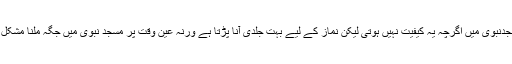
جب کہ مسجدنبوی میں اگرچہ یہ کیفیت نہیں ہوتی لیکن نماز کے لیے بہت جلدی آنا پڑتا ہے ورنہ عین وقت پر مسجد نبوی میں جگہ ملنا مشکل ہوجاتا ہے۔